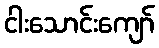
ငါးသောင်းကျော်